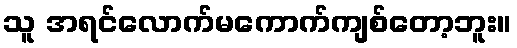
သူ အရင်လောက်မကောက်ကျစ်တော့ဘူး။